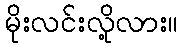
မိုးလင်းလို့လား။